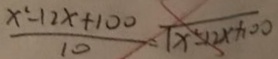
\frac { x ^ { 2 } - 1 2 x + 1 0 0 } { 1 0 } = \sqrt { x ^ { 2 } - 1 2 x + 1 0 0 }